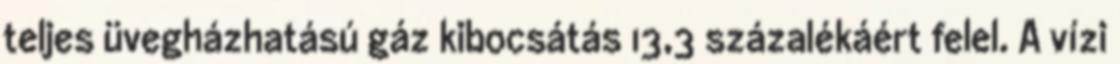
teljes üvegházhatású gáz kibocsátás 13,3 százalékáért felel. A vízi